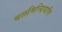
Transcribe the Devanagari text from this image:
बलमिन्द्रियाणि